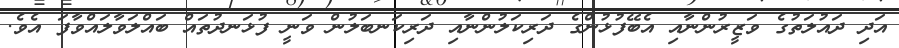
އަދި ދައުލަތުގެ ވަޒީރުންނާއި އެބޭފުޅުންގެ ދަރިކަލުންނާއި ދަރިކަނބަލުން ވަނީ ފުޅަނދުތައް ބައްލަވާލައްވާފަ އެވެ.